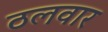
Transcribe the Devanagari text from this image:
ठलवार